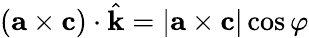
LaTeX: ({\mathbf{a}}\times{\mathbf{c}})\cdot\hat{\mathbf{k}}=|{\mathbf{a}}\times{\mathbf{c}}|\cos\varphi